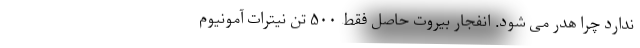
ندارد چرا هدر می شود. انفجار بیروت حاصل فقط ۵۰۰ تن نیترات آمونیوم